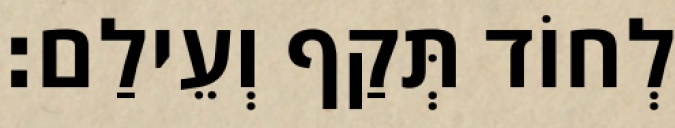
לְחוֹד תְּקַף וְעֵילַם׃